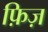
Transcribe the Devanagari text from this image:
फ़िज़